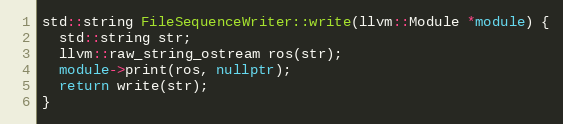
Language: C++
std::string FileSequenceWriter::write(llvm::Module *module) {
  std::string str;
  llvm::raw_string_ostream ros(str);
  module->print(ros, nullptr);
  return write(str);
}